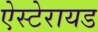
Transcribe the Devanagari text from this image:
ऐस्टेरायड